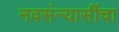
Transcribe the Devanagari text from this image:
नवसंन्यासींचा